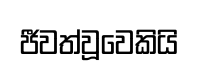
ජීවත්වූවෙකියි